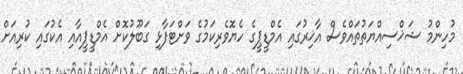
މުހިންމު ޝަޚްސިއްޔަތުތައްވެސް އާޚިރުގައި އެމްޑީޕީގެ ހެޔޮވެރިކަމުގެ ވަށްޓަފާޅި ގަބޫލުކޮށް އެމްޑީޕީއާއި އެކުގައި ކުރިއަށް